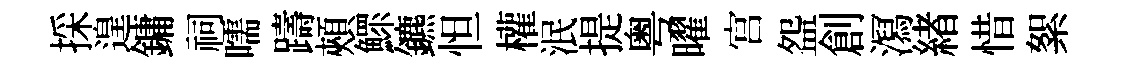
採遑鏞祠嚅躊頰鰥鑣怛權泯提粤曜宫盌創㵼緖惜絮